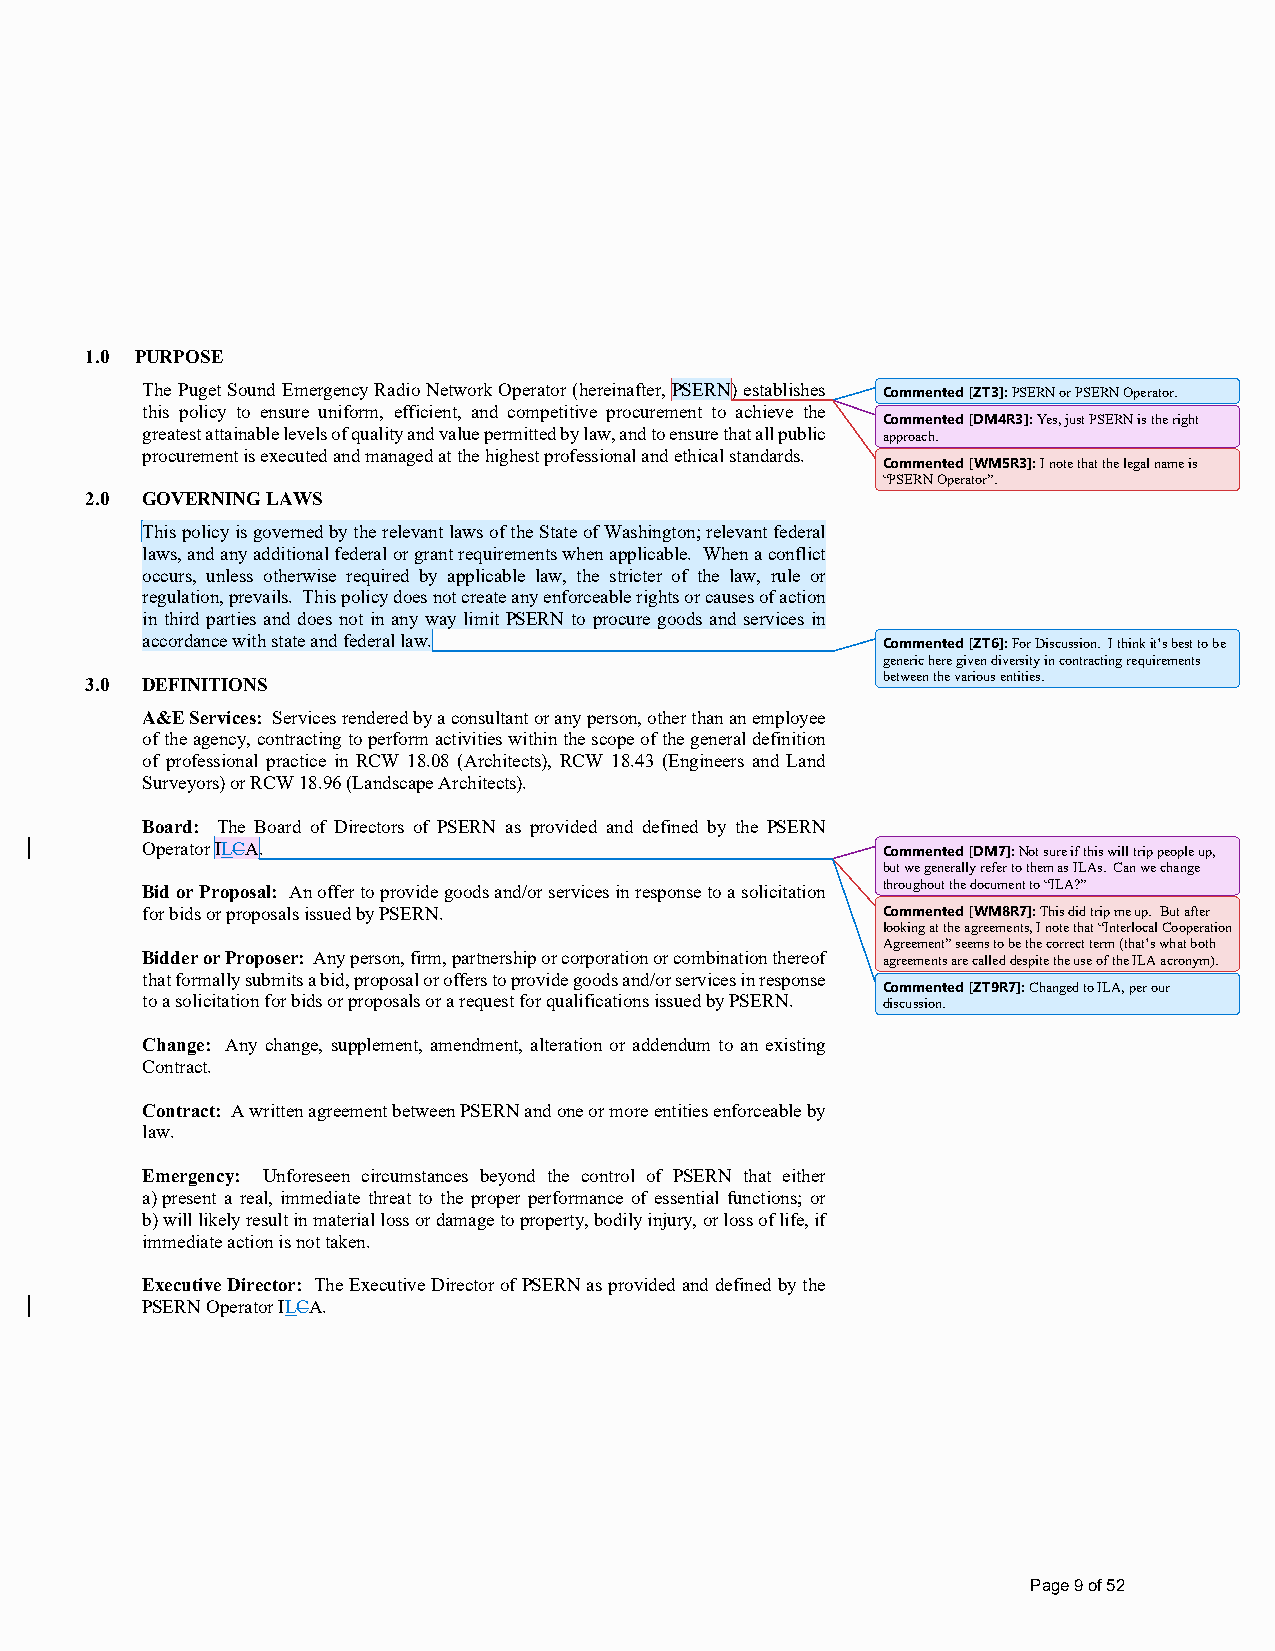
1.0 PURPOSE
 The Puget Sound Emergency Radio Network Operator (hereinafter, PSERN) establishes Commented [ZT3]: PSERN or PSERN Operator.
 this policy to ensure uniform, efficient, and competitive procurement to achieve the
 Commented [DM4R3]: Yes, just PSERN is the right
 greatest attainable levels of quality and value permitted by law, and to ensure that all public approach.
 procurement is executed and managed at the highest professional and ethical standards.
 Commented [WM5R3]: I note that the legal name is
 “PSERN Operator”.
 2.0 GOVERNING LAWS
 This policy is governed by the relevant laws of the State of Washington; relevant federal
 laws, and any additional federal or grant requirements when applicable. When a conflict
 occurs, unless otherwise required by applicable law, the stricter of the law, rule or
 regulation, prevails. This policy does not create any enforceable rights or causes of action
 in third parties and does not in any way limit PSERN to procure goods and services in
 accordance with state and federal law.           Commented [ZT6]: For Discussion. I think it’s best to be
 generic here given diversity in contracting requirements
 between the various entities.
 3.0 DEFINITIONS
 A&E Services: Services rendered by a consultant or any person, other than an employee
 of the agency, contracting to perform activities within the scope of the general definition
 of professional practice in RCW 18.08 (Architects), RCW 18.43 (Engineers and Land
 Surveyors) or RCW 18.96 (Landscape Architects).
 Board: The Board of Directors of PSERN as provided and defined by the PSERN
 Operator ILCA.                                   Commented [DM7]: Not sure if this will trip people up,
 but we generally refer to them as ILAs. Can we change
 throughout the document to “ILA?”
 Bid or Proposal: An offer to provide goods and/or services in response to a solicitation
 for bids or proposals issued by PSERN.           Commented [WM8R7]: This did trip me up. But after
 looking at the agreements, I note that “Interlocal Cooperation
 Agreement” seems to be the correct term (that’s what both
 Bidder or Proposer: Any person, firm, partnership or corporation or combination thereof agreements are called despite the use of the ILA acronym).
 that formally submits a bid, proposal or offers to provide goods and/or services in response
 Commented [ZT9R7]: Changed to ILA, per our
 to a solicitation for bids or proposals or a request for qualifications issued by PSERN. discussion.
 Change: Any change, supplement, amendment, alteration or addendum to an existing
 Contract.
 Contract: A written agreement between PSERN and one or more entities enforceable by
 law.
 Emergency: Unforeseen circumstances beyond the control of PSERN that either
 a) present a real, immediate threat to the proper performance of essential functions; or
 b) will likely result in material loss or damage to property, bodily injury, or loss of life, if
 immediate action is not taken.
 Executive Director: The Executive Director of PSERN as provided and defined by the
 PSERN Operator ILCA.
 Page 9 of 52